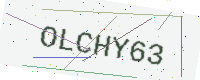
Text: OLCHY63